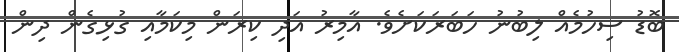
ބޮޑު ސިހުމެއް ލިބުނު ހަބަރަކަށެވެ. އާމިރު އަދި ކިރަން މިކަމާއި ގުޅިގެން ދިން